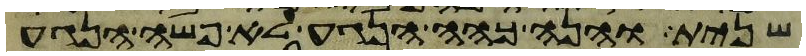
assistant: שנית והנה כהה הנגע לא פשה הנגע